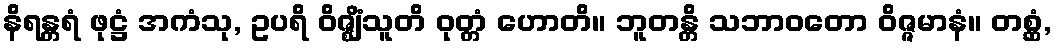
နိရန္တရံ ဖုဋ္ဌံ အကံသု, ဥပရိ ဝိဇ္ဈိံသူတိ ဝုတ္တံ ဟောတိ။ ဘူတန္တိ သဘာဝတော ဝိဇ္ဇမာနံ။ တစ္ဆံ,